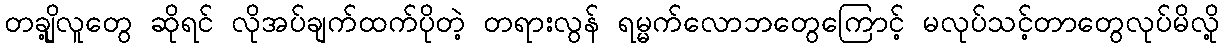
တချို့လူတွေ ဆိုရင် လိုအပ်ချက်ထက်ပိုတဲ့ တရားလွန် ရမ္မက်လောဘတွေကြောင့် မလုပ်သင့်တာတွေလုပ်မိလို့